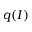
q ( I )